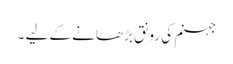
جہنم کی رونق بڑھانے کے لیے ۔